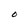
Character: O